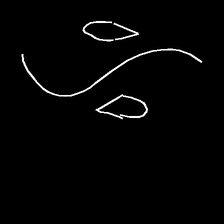
Glyph: water